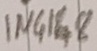
Text: IN4148